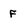
Character: F